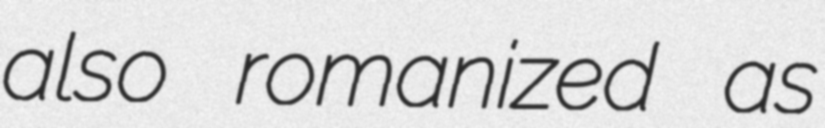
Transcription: also romanized as